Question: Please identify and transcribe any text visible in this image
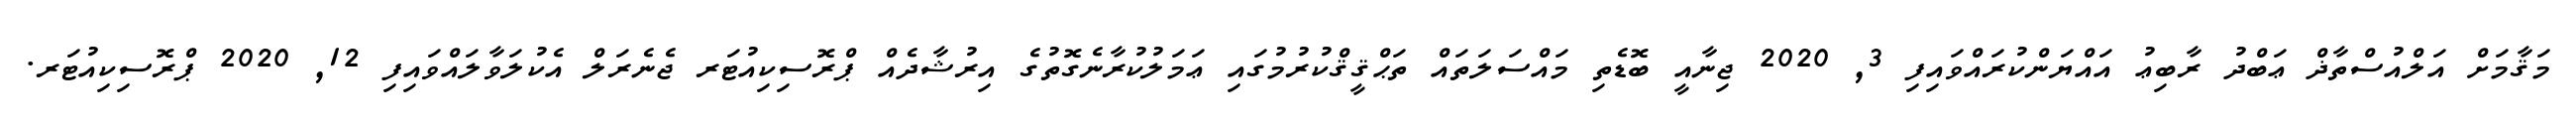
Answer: މަޤާމަށް އަލްއުސްތާޛް ޢަބްދު ރާބިޢު އައްޔަންކުރައްވައިފި 3, 2020 ޖިނާއީ ބޮޑެތި މައްސަލަތައް ތަޙްޤީޤްކުރުމުގައި ޢަމަލުކުރާނެގޮތުގެ އިރުޝާދެއް ޕްރޮސިކިއުޓަރ ޖެނެރަލް އެކުލަވާލައްވައިފި 12, 2020 ޕްރޮސިކިއުޓަރ.